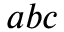
a b c